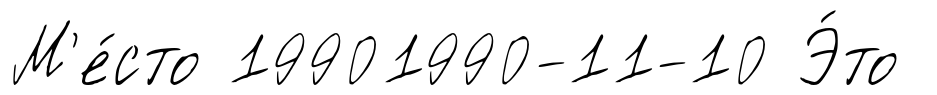
М'е́сто 19901990-11-10 Э́то